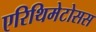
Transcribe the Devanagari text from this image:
एरिथिमेटोसस